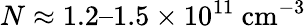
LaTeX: N\approx 1.2–1.5\times 10^{11}~\mathrm{cm}^{-3}